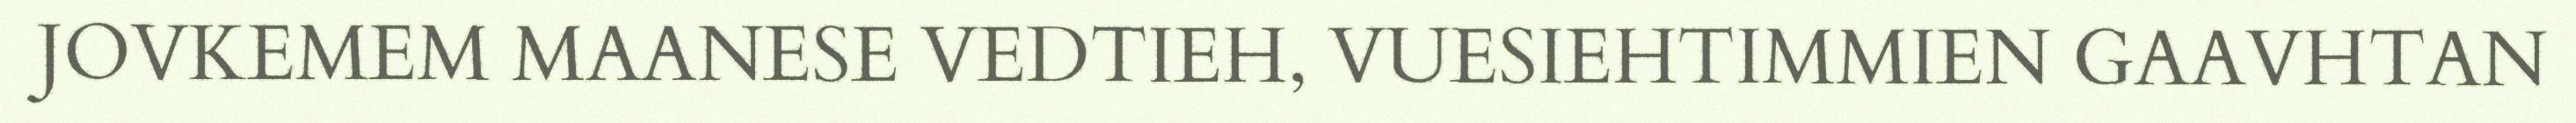
JOVKEMEM MAANESE VEDTIEH, VUESIEHTIMMIEN GAAVHTAN